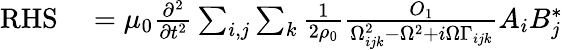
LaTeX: \begin{array}{rl}{\mathrm{RHS}}&{{}=\mu_{0}\frac{\partial^{2}}{\partial t^{2}}\sum_{i,j}\sum_{k}\frac{1}{2\rho_{0}}\frac{O_{1}}{\Omega_{ijk}^{2}-\Omega^{2}+i\Omega\Gamma_{ijk}}A_{i}B_{j}^{*}}\end{array}